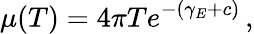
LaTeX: \mu(T)=4\pi Te^{-(\gamma_{E}+c)}\, ,